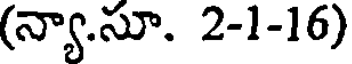
(న్యా.సూ. 2-1-16)